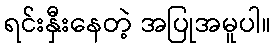
ရင်းနှီးနေတဲ့ အပြုအမူပါ။